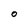
Character: O